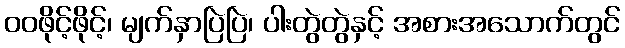
ဝဝဖိုင့်ဖိုင့်၊ မျက်နှာပြဲပြဲ၊ ပါးတွဲတွဲနှင့် အစားအသောက်တွင်